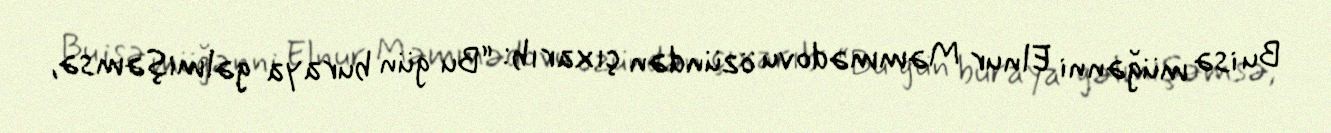
Bu isə müğənni Elnur Məmmədovu özündən çıxarıb: “Bu gün buraya gəlmişəmsə,